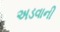
અડવાની